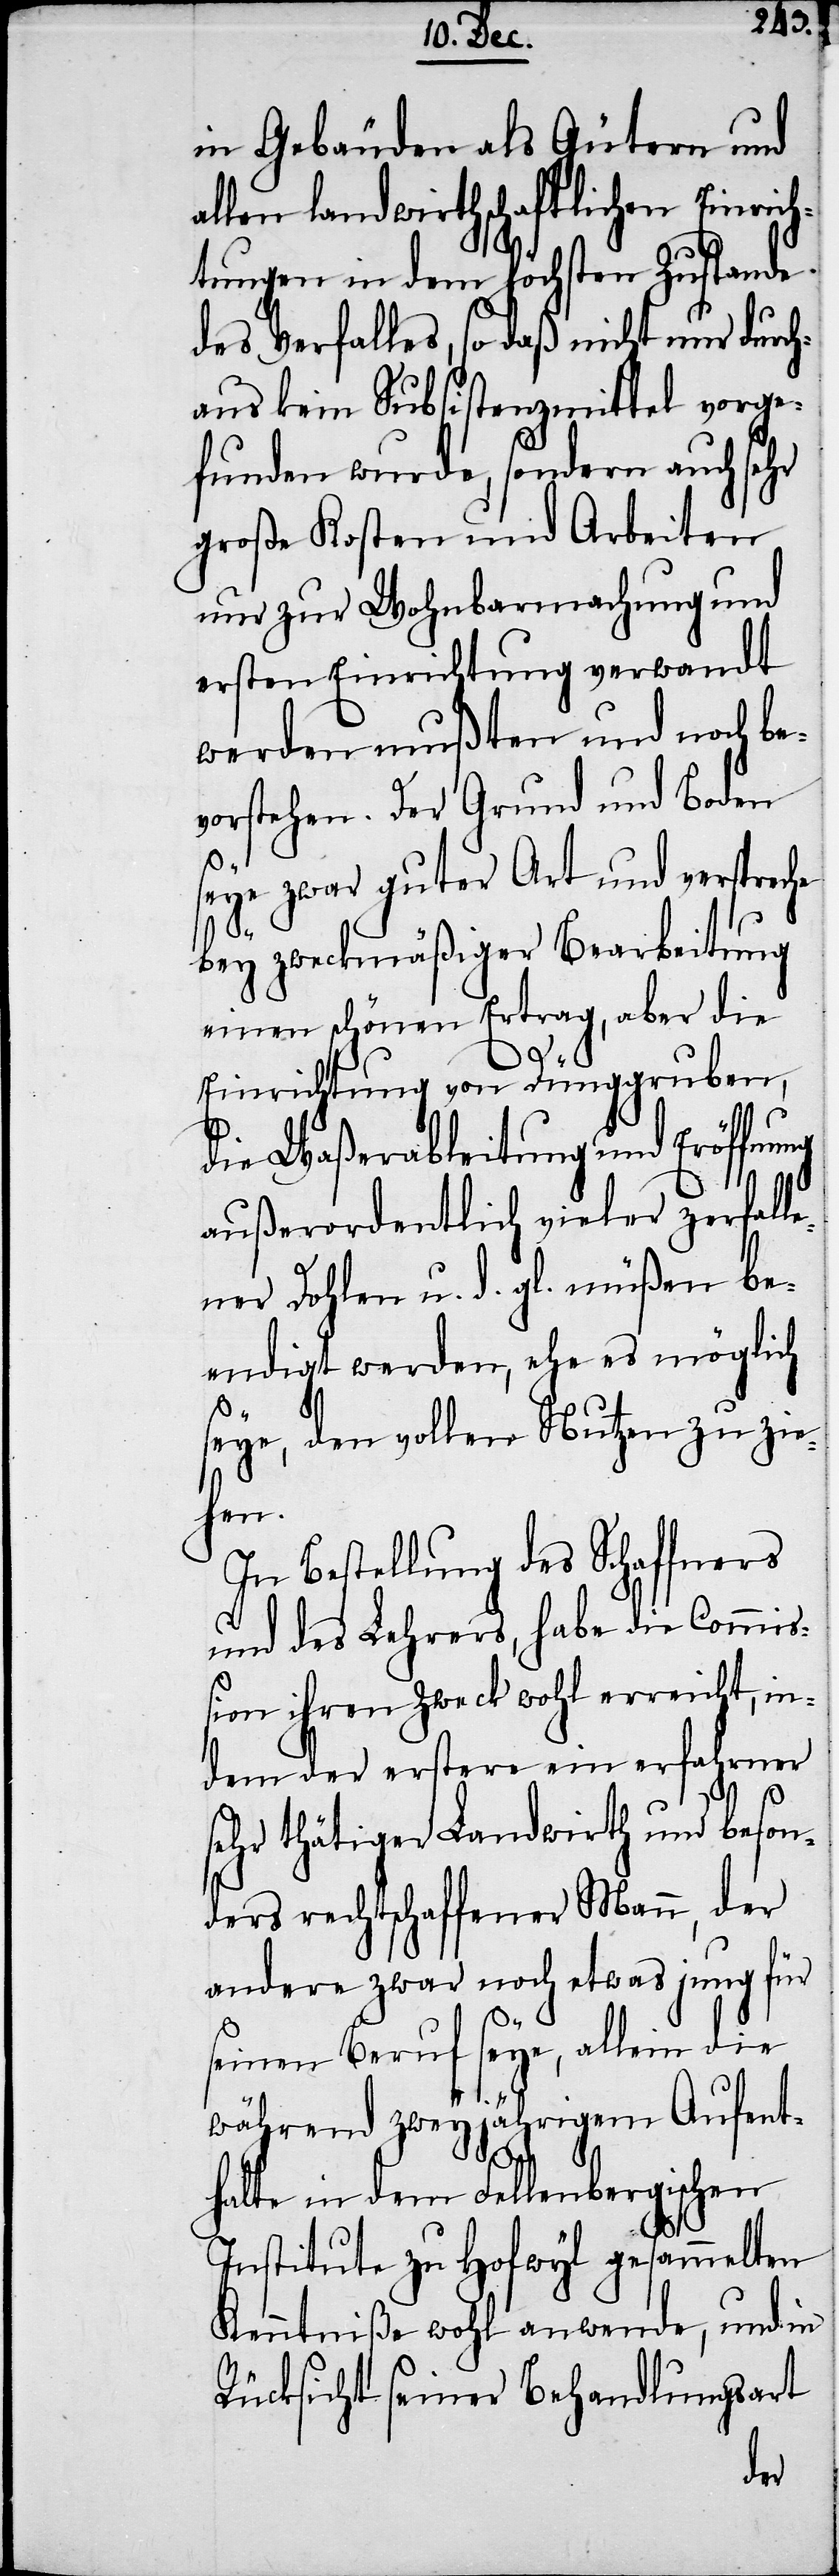
in Gebäuden als Gütern und
allen landwirthschaftlichen Einrich¬
tungen in dem höchsten Zustande
des Verfalles, so daß nicht nur durch¬
aus kein Subsistenzmittel vorge¬
funden wurde, sondern auch sehr
große Kosten und Arbeiten
nur zur Wohnbarmachung und
ersten Einrichtung verwandt
werden mußten und noch be¬
vorstehen. Der Grund und Boden
seye zwar guter Art und verspreche
bey zweckmäßiger Bearbeitung
einen schönen Ertrag, aber die
Einrichtung von Dünggruben,
die Waßerableitung und Eröffnung
außerordentlich vieler zerfal¬
lener Dohlen u. d. gl. müßen be¬
endigt werden, ehe es mögli¬
ch
seye, den vollen Nutzen zu zie¬
hen.
In Bestellung des Schaffners
und des Lehrers, habe die Commi¬
ßion ihren Zweck wohl erreicht, in¬
dem der erstere ein erfahrner
sehr thätiger Landwirth und beson¬
ders rechtschaffener Mann, der
andere zwar noch etwas jung für
seinen Beruf seye, allein die
während zweyjährigem Aufent¬
halte in dem Fellenbergischen
Institute zu Hofwyl gesammelten
Kenntniße wohl anwende, und in
Rücksicht seiner Behandlungsart